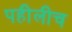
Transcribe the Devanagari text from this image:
पहीलीच